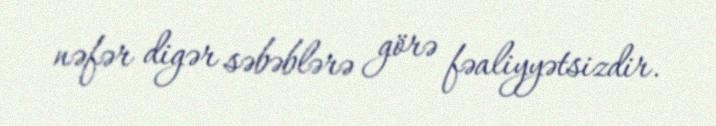
nəfər digər səbəblərə görə fəaliyyətsizdir.